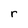
Character: r